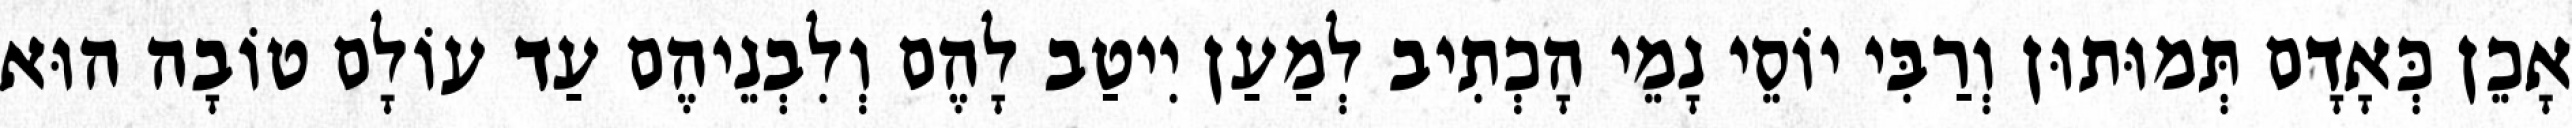
אָכֵן כְּאָדָם תְּמוּתוּן וְרַבִּי יוֹסֵי נָמֵי הָכְתִיב לְמַעַן יִיטַב לָהֶם וְלִבְנֵיהֶם עַד עוֹלָם טוֹבָה הוּא